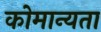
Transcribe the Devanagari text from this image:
कोमान्यता